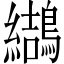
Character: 𪆋